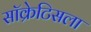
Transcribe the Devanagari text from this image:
सॉक्रेटिसला